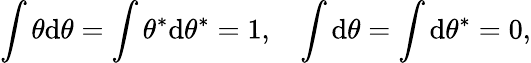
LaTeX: \int\theta\mathrm{d}\theta=\int\theta^{\ast}\mathrm{d}\theta^{\ast}=1,~~~\int\mathrm{d}\theta=\int\mathrm{d}\theta^{\ast}=0,